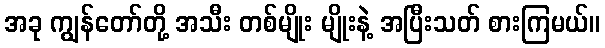
အခု ကျွန်တော်တို့ အသီး တစ်မျိုး မျိုးနဲ့ အပြီးသတ် စားကြမယ်။